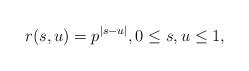
LaTeX: \begin{align*} r(s,u) = p^{|s-u|}, 0 \leq s,u \leq 1, \end{align*}